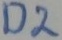
Text: D2